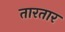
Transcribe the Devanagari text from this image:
तारतार